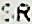
SR